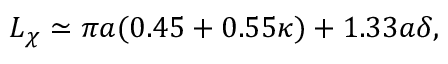
L _ { \chi } \simeq \pi a ( 0 . 4 5 + 0 . 5 5 \kappa ) + 1 . 3 3 a \delta ,